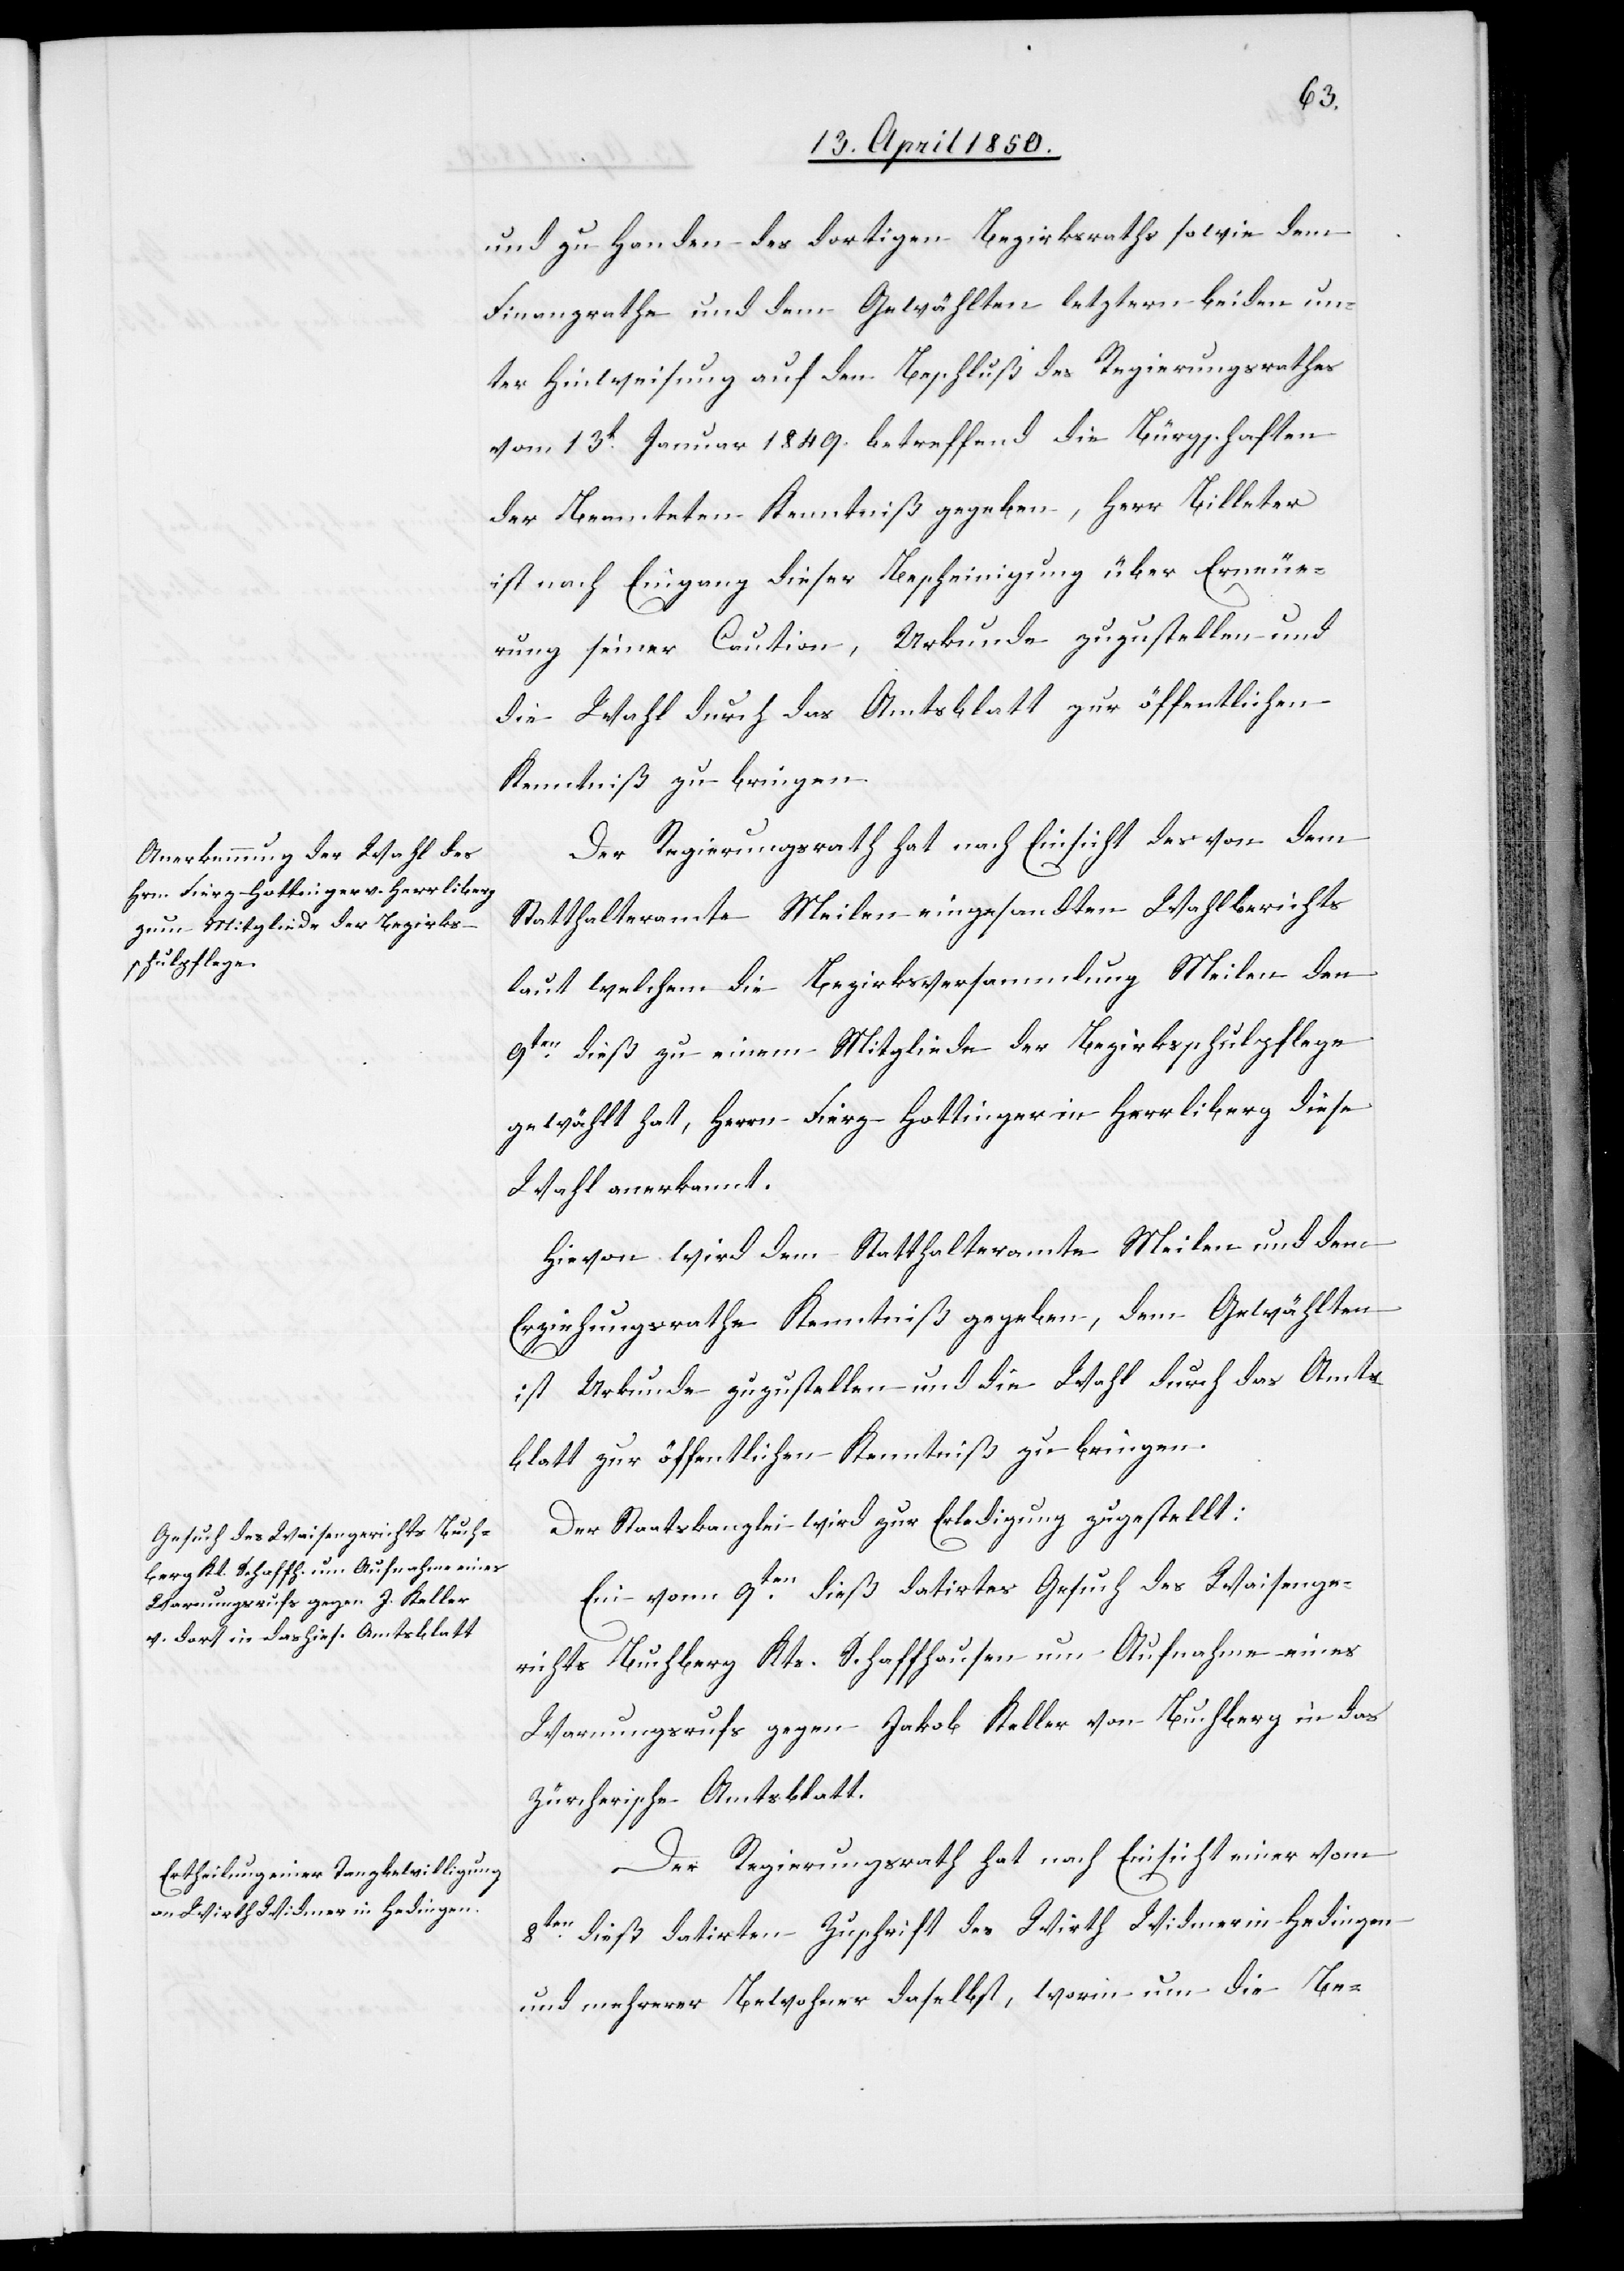
und zu Handen des dortigen Bezirksraths sowie dem
Finanzrathe und dem Gewählten letztern beiden un¬
ter Hinweisung auf den Beschluß des Regierungsrathes
vom 13t Januar 1849. betreffend die Bürgschaften
der Beamteten Kenntniß gegeben, Herr Billeter
ist nach Eingang dieser Bescheinigung über Erneue¬
rung seiner Caution, Urkunde zuzustellen und
die Wahl durch das Amtsblatt zur öffentlichen
Kenntniß zu bringen.
Der Regierungsrath hat nach Einsicht des von dem
Statthalteramte Meilen eingesandten Wahlberichts
laut welchem die Bezirksversammlung Meilen den
9ten dieß zu einem Mitgliede der Bezirksschulpflege
gewählt hat, Herrn Fierz-Hottinger in Herrliberg diese
Wahl anerkannt.
Hievon wird dem Statthalteramte Meilen und dem
Erziehungsrathe Kenntniß gegeben, dem Gewählten
ist Urkunde zuzustellen und die Wahl durch das Amts¬
blatt zur öffentlichen Kenntniß zu bringen.
Der Staatskanzlei wird zur Erledigung zugestellt:
Ein vom 9ten dieß datirtes Gesuch des Waisenge¬
richts Buchberg Kts. Schaffhausen um Aufnahme eines
Warnungsrufs gegen Jakob Keller von Buchberg in das
zürcherische Amtsblatt.
Der Regierungsrath hat nach Einsicht einer vom
8ten dieß datirten Zuschrift des Wirth Widmer in Hedingen
und mehrerer Bewohner daselbst, worin um die Be-